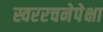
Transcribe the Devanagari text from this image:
स्वररचनेपेक्षा